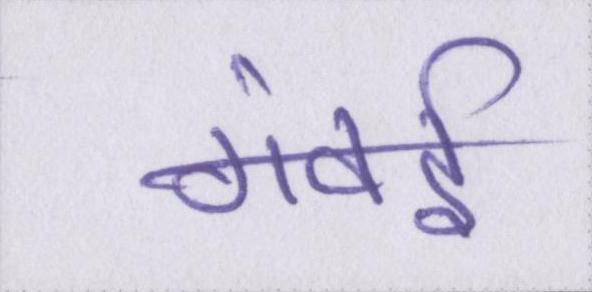
गंवई